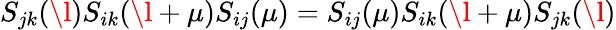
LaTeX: S_{jk}(\l)S_{ik}(\l+\mu)S_{ij}(\mu)=S_{ij}(\mu)S_{ik}(\l+\mu)S_{jk}(\l)